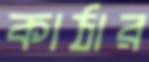
কাঠার